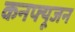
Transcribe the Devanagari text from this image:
कनफ्यूजन